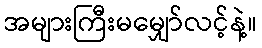
အများကြီးမမျှော်လင့်နဲ့။